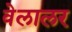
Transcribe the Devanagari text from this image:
वेलालर